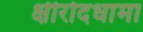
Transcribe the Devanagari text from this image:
क्षीरोदधामा